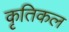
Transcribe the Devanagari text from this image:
कृतिकल